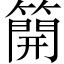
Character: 𥳐